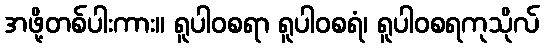
အဖို့တစ်ပါးကား။ ရူပါဝစရာ ရူပါဝစရံ၊ ရူပါဝစရကုသိုလ်